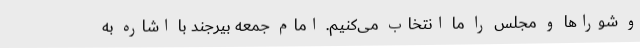
و شوراها و مجلس را ما انتخاب می‌کنیم. امام جمعه بیرجند با اشاره به